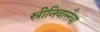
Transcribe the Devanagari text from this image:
स्रीनिवासैया